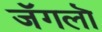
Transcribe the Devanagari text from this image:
जॅगलॊ